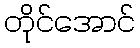
တိုင်အောင်